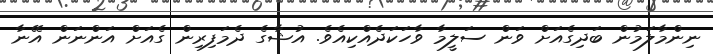
ނިންމާލަމުން ބަދިގެއަށް ވަން ސަލީމާ ވާހަކަދެއްކިއެވެ. އުޝާގެ ދެމަފިރިން ގެއަށް އަންނަން އޭނާ